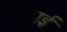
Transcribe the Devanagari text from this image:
रिवाई